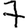
Digit: 7